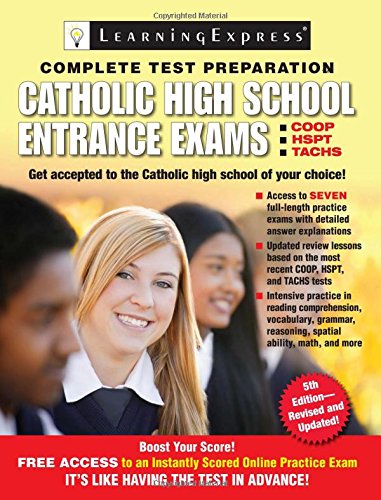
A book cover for Catholic High School Entrance Exams; Learning Express Llc; Test Preparation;